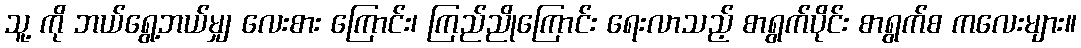
သူ့ ကို ဘယ်ရွေ့ဘယ်မျှ လေးစား ကြောင်း၊ ကြည်ညိုကြောင်း ရေးလာသည့် စာရွက်ပိုင်း စာရွက်စ ကလေးများ။